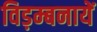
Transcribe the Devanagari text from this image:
विड़म्बनायें